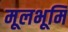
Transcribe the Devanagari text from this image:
मूलभूमि